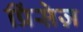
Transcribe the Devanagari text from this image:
प्रिंसेज़